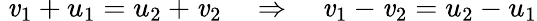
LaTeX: \ \mathit{v}_{1}+u_{1}=u_{2}+\mathit{v}_{2}\quad\Rightarrow\quad\mathit{v}_{1}-\mathit{v}_{2}=u_{2}-u_{1}